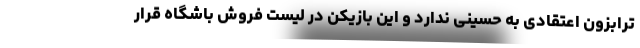
ترابزون اعتقادی به حسینی ندارد و این بازیکن در لیست فروش باشگاه قرار